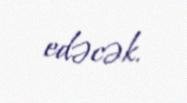
edəcək.